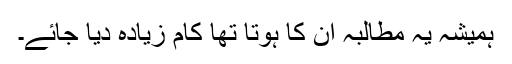
ہمیشہ یہ مطالبہ ان کا ہوتا تھا کام زیادہ دیا جائے۔